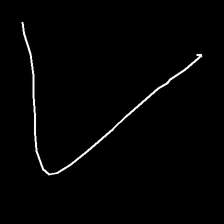
Glyph: region